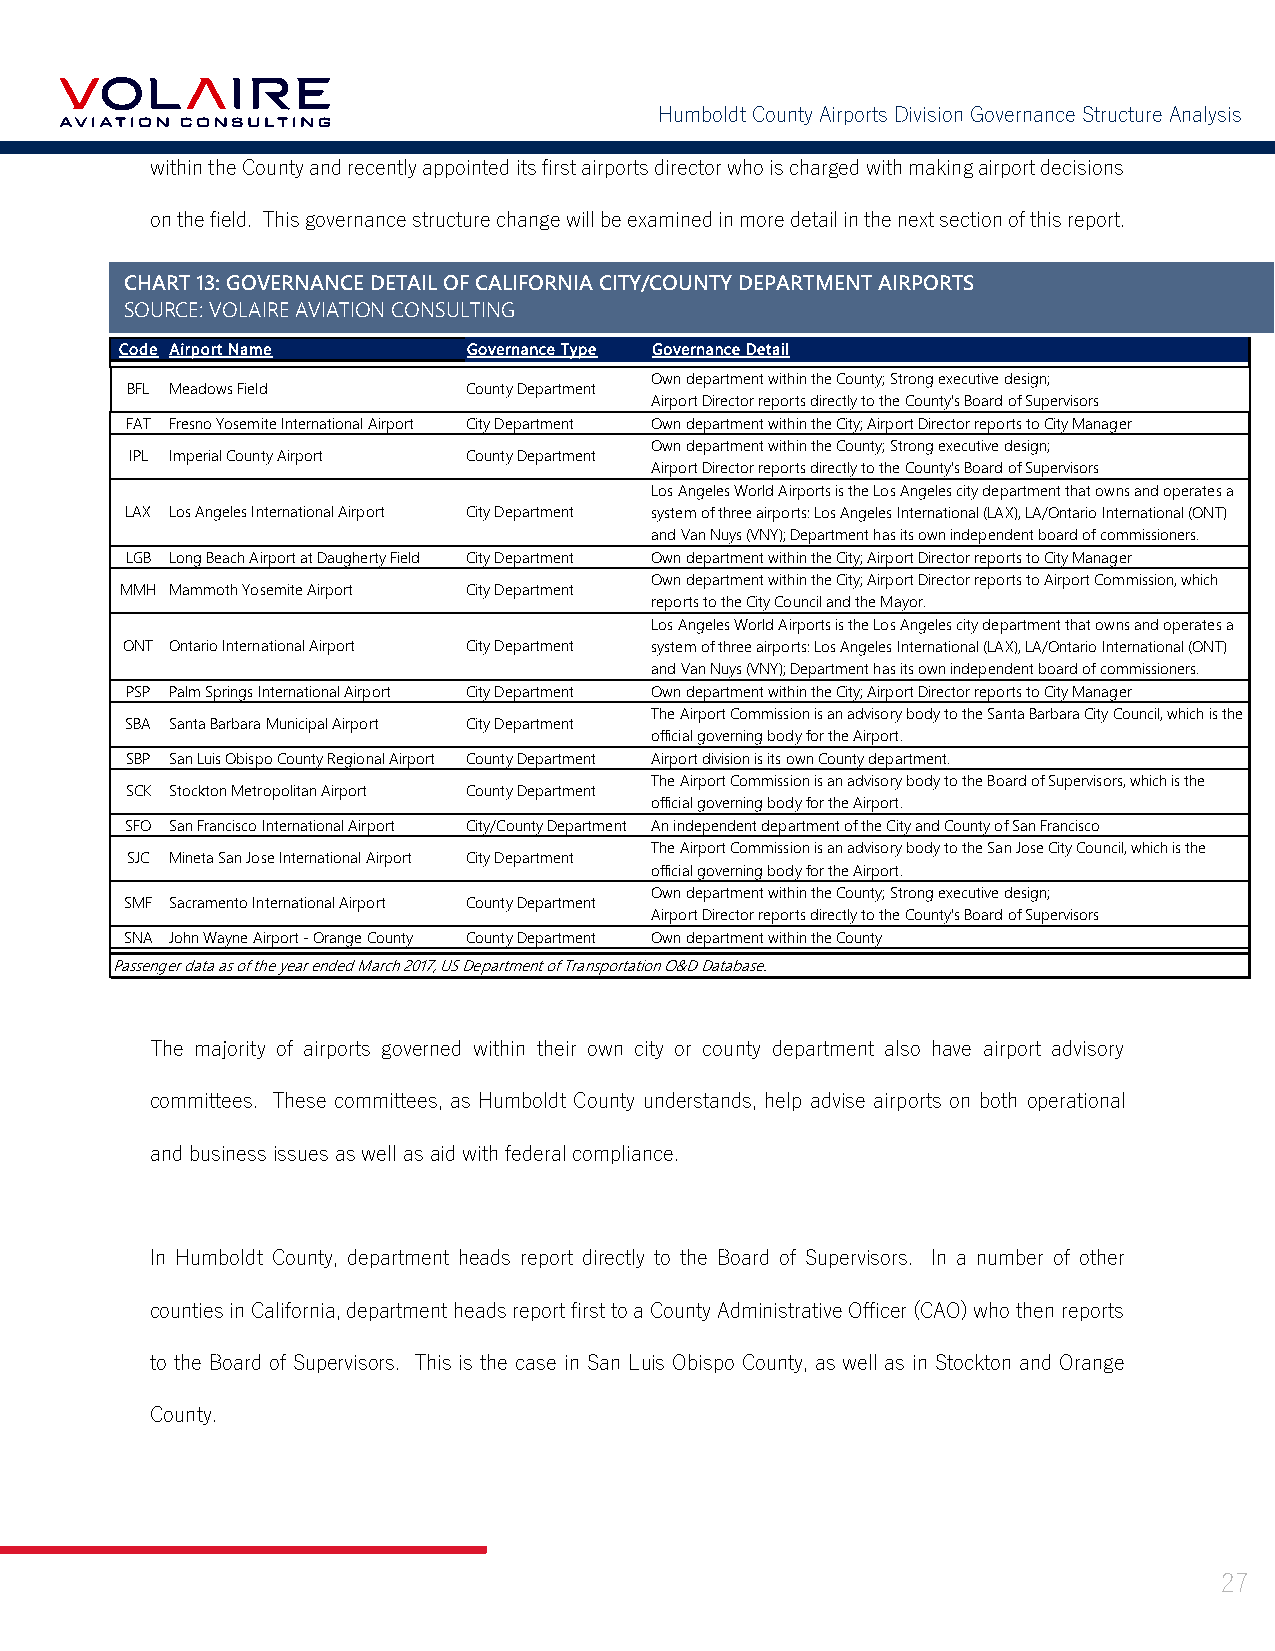
Humboldt County Airports Division Governance Structure Analysis
 within the County and recently appointed its first airports director who is charged with making airport decisions
 on the field. This governance structure change will be examined in more detail in the next section of this report.
 CHART 13: GOVERNANCE DETAIL OF CALIFORNIA CITY/COUNTY DEPARTMENT AIRPORTS
 Governance Type of California Airports with Commercial Air Service
 SOURCE: VOLAIRE AVIATION CONSULTING
 Source: Volaire Aviation Consulting, June 2017
 Code Airport Name      Governance Type Governance Detail
 Own department within the County; Strong executive design;
 BFL Meadows Field      County Department
 Airport Director reports directly to the County's Board of Supervisors
 FAT Fresno Yosemite International Airport City Department Own department within the City; Airport Director reports to City Manager
 Own department within the County; Strong executive design;
 IPL Imperial County Airport County Department
 Airport Director reports directly to the County's Board of Supervisors
 Los Angeles World Airports is the Los Angeles city department that owns and operates a
 LAX Los Angeles International Airport City Department system of three airports: Los Angeles International (LAX), LA/Ontario International (ONT)
 and Van Nuys (VNY); Department has its own independent board of commissioners.
 LGB Long Beach Airport at Daugherty Field City Department Own department within the City; Airport Director reports to City Manager
 Own department within the City; Airport Director reports to Airport Commission, which
 MMH Mammoth Yosemite Airport City Department
 reports to the City Council and the Mayor.
 Los Angeles World Airports is the Los Angeles city department that owns and operates a
 ONT Ontario International Airport City Department system of three airports: Los Angeles International (LAX), LA/Ontario International (ONT)
 and Van Nuys (VNY); Department has its own independent board of commissioners.
 PSP Palm Springs International Airport City Department Own department within the City; Airport Director reports to City Manager
 The Airport Commission is an advisory body to the Santa Barbara City Council, which is the
 SBA Santa Barbara Municipal Airport City Department
 official governing body for the Airport.
 SBP San Luis Obispo County Regional Airport County Department Airport division is its own County department.
 The Airport Commission is an advisory body to the Board of Supervisors, which is the
 SCK Stockton Metropolitan Airport County Department
 official governing body for the Airport.
 SFO San Francisco International Airport City/County Department An independent department of the City and County of San Francisco
 The Airport Commission is an advisory body to the San Jose City Council, which is the
 SJC Mineta San Jose International Airport City Department
 official governing body for the Airport.
 Own department within the County; Strong executive design;
 SMF Sacramento International Airport County Department
 Airport Director reports directly to the County's Board of Supervisors
 SNA John Wayne Airport - Orange County County Department Own department within the County
 Passenger data as of the year ended March 2017, US Department of Transportation O&D Database.
 The majority of airports governed within their own city or county department also have airport advisory
 committees. These committees, as Humboldt County understands, help advise airports on both operational
 and business issues as well as aid with federal compliance.
 In Humboldt County, department heads report directly to the Board of Supervisors. In a number of other
 counties in California, department heads report first to a County Administrative Officer (CAO) who then reports
 to the Board of Supervisors. This is the case in San Luis Obispo County, as well as in Stockton and Orange
 County.
 27